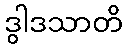
ဒွါဒသာတိ